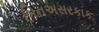
બિનઅસરકાક